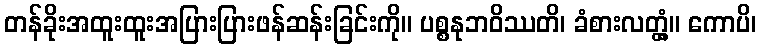
တန်ခိုးအထူးထူးအပြားပြားဖန်ဆန်းခြင်းကို။ ပစ္စနုဘဝိဿတိ၊ ခံစားလတ္တံ့။ ကောပိ၊